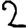
Digit: 2